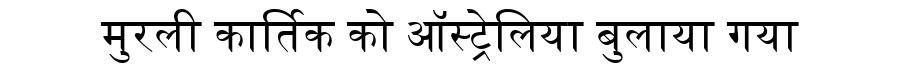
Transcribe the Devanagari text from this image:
मुरली कार्तिक को ऑस्ट्रेलिया बुलाया गया